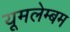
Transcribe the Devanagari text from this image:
यूमलेम्बम